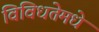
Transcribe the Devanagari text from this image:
विविधतेमधे